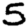
Digit: 5